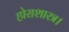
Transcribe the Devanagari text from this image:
होराशास्त्र।